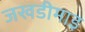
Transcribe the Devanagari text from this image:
जखडीमाइ